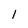
Character: l